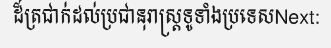
ដ៏ត្រជាក់ដល់ប្រជានុរាស្ត្រទូទាំងប្រទេសNext: